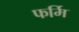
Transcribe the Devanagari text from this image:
फर्मि